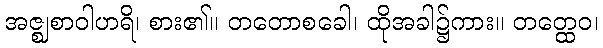
အဇ္ဈစာဝါဟရိ၊ စား၏။ တတောစခေါ၊ ထိုအခါ၌ကား။ တတ္ထေဝ၊